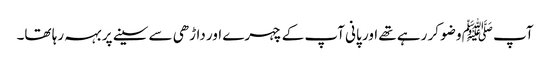
آپ ﷺ وضو کر رہے تھے اور پانی آپ کے چہرے اور داڑھی سے سینے پر بہہ رہا تھا۔